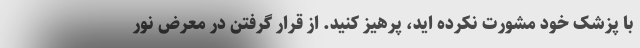
با پزشک خود مشورت نکرده اید، پرهیز کنید. از قرار گرفتن در معرض نور